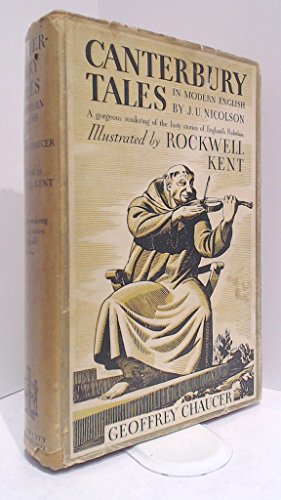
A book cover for Canterbury Tales by Chaucer; Geoffrey Chaucer; Literature & Fiction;